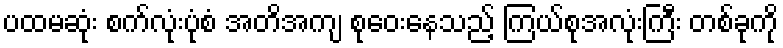
ပထမဆုံး စက်လုံးပုံစံ အတိအကျ စုဝေးနေသည့် ကြယ်စုအလုံးကြီး တစ်ခုကို